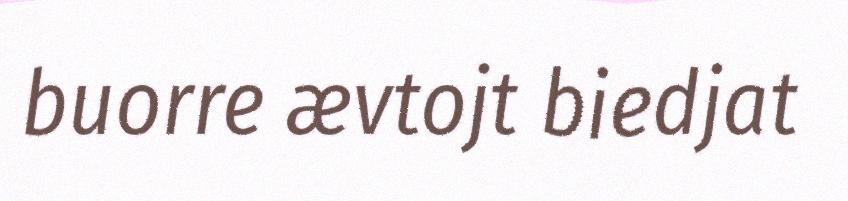
buorre ævtojt biedjat